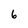
Character: 6